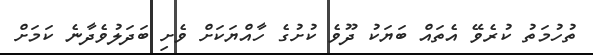
ތުހުމަތު ކުރެވޭ އެތައް ބަޔަކު ދޫވެ ކުށުގެ ހާއްޔަކަށް ވެށި ބަދަލުވެދާނެ ކަމަށް